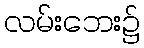
လမ်းဘေး၌